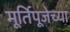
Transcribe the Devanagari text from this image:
मूर्तिपूजेच्या